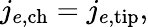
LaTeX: j_{e,\mathrm{ch}}=j_{e,\mathrm{tip}},